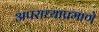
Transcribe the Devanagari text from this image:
अपराध्याप्रमाणे